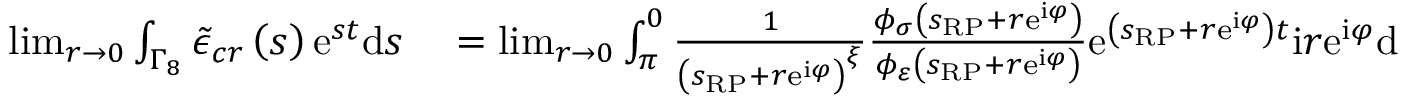
\begin{array} { r l } { \operatorname* { l i m } _ { r \rightarrow 0 } \int _ { \Gamma _ { 8 } } \tilde { \epsilon } _ { c r } \left( s \right) \mathrm { e } ^ { s t } \mathrm { d } s } & { { } = \operatorname* { l i m } _ { r \rightarrow 0 } \int _ { \pi } ^ { 0 } \frac { 1 } { \left( s _ { \scriptscriptstyle { \mathrm { R P } } } + r \mathrm { e } ^ { \mathrm { i } \varphi } \right) ^ { \xi } } \frac { \phi _ { \sigma } \left( s _ { \scriptscriptstyle { \mathrm { R P } } } + r \mathrm { e } ^ { \mathrm { i } \varphi } \right) } { \phi _ { \varepsilon } \left( s _ { \scriptscriptstyle { \mathrm { R P } } } + r \mathrm { e } ^ { \mathrm { i } \varphi } \right) } \mathrm { e } ^ { \left( s _ { \scriptscriptstyle { \mathrm { R P } } } + r \mathrm { e } ^ { \mathrm { i } \varphi } \right) t } \mathrm { i } r \mathrm { e } ^ { \mathrm { i } \varphi } \mathrm { d } \varphi } \end{array}